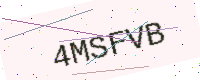
Text: 4MSFVB